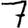
Digit: 7